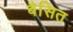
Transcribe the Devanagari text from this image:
बैसित